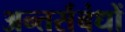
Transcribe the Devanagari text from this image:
अन्तर्संबंधों